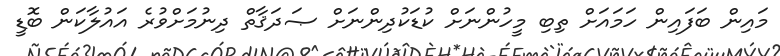
މައިން ބަފައިން ހަމައަށް ތިބި މީހުންނަށް ކުޑަކުދިންނަށް ޞަދަޤާތް ދިނުމަށްވުރެ އައުލާކަން ބޮޑީ